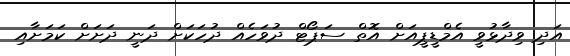
އަދި ވިދާޅުވީ އެމްޑީޕީއަށް އޮތް ސަޕޯޓް ދުވަހެއް ދުހަކަށް ދަނީ ދަށަށް ކަމަށާއި